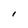
Character: I